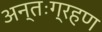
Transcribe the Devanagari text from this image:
अन्तःग्रहण